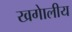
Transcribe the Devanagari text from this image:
खगेालीय